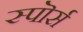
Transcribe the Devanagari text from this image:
स्पॊर्स